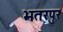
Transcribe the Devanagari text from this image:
भतरपुर